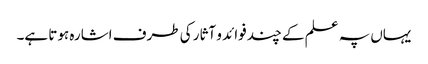
یہاں پہ علم کے چند فوائد و آثار کی طرف اشارہ ہوتا ہے۔